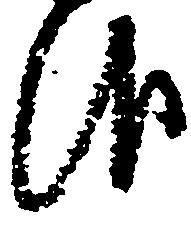
報